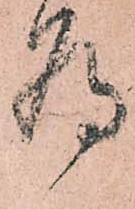
為